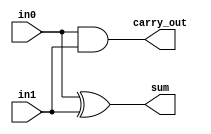
`timescale 1ns / 1ps
//////////////////////////////////////////////////////////////////////////////////
// Company: 
// 
// Design Name: Half Adder
// Module Name: Half_Adder
// Project Name: Half Adder
// Target Devices: 
// Tool Versions: Vivado 2020.2.2
// Description: 
// 
// Dependencies: 
// 
// Revision:
// Revision 0.01 - File Created
// Additional Comments:
// 
//////////////////////////////////////////////////////////////////////////////////


module Half_Adder(
    carry_out,
    sum,
    in0,
    in1
    );
    
    output carry_out;
    output sum;
    input in0;
    input in1;
    
    assign carry_out = in0 & in1;
    assign sum = in0 ^ in1;
endmodule